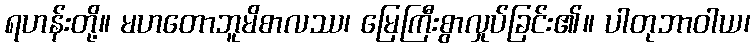
ရဟန်းတို့။ မဟတောဘူမိစာလဿ၊ မြေကြီးစွာလှုပ်ခြင်း၏။ ပါတုဘာဝါယ၊